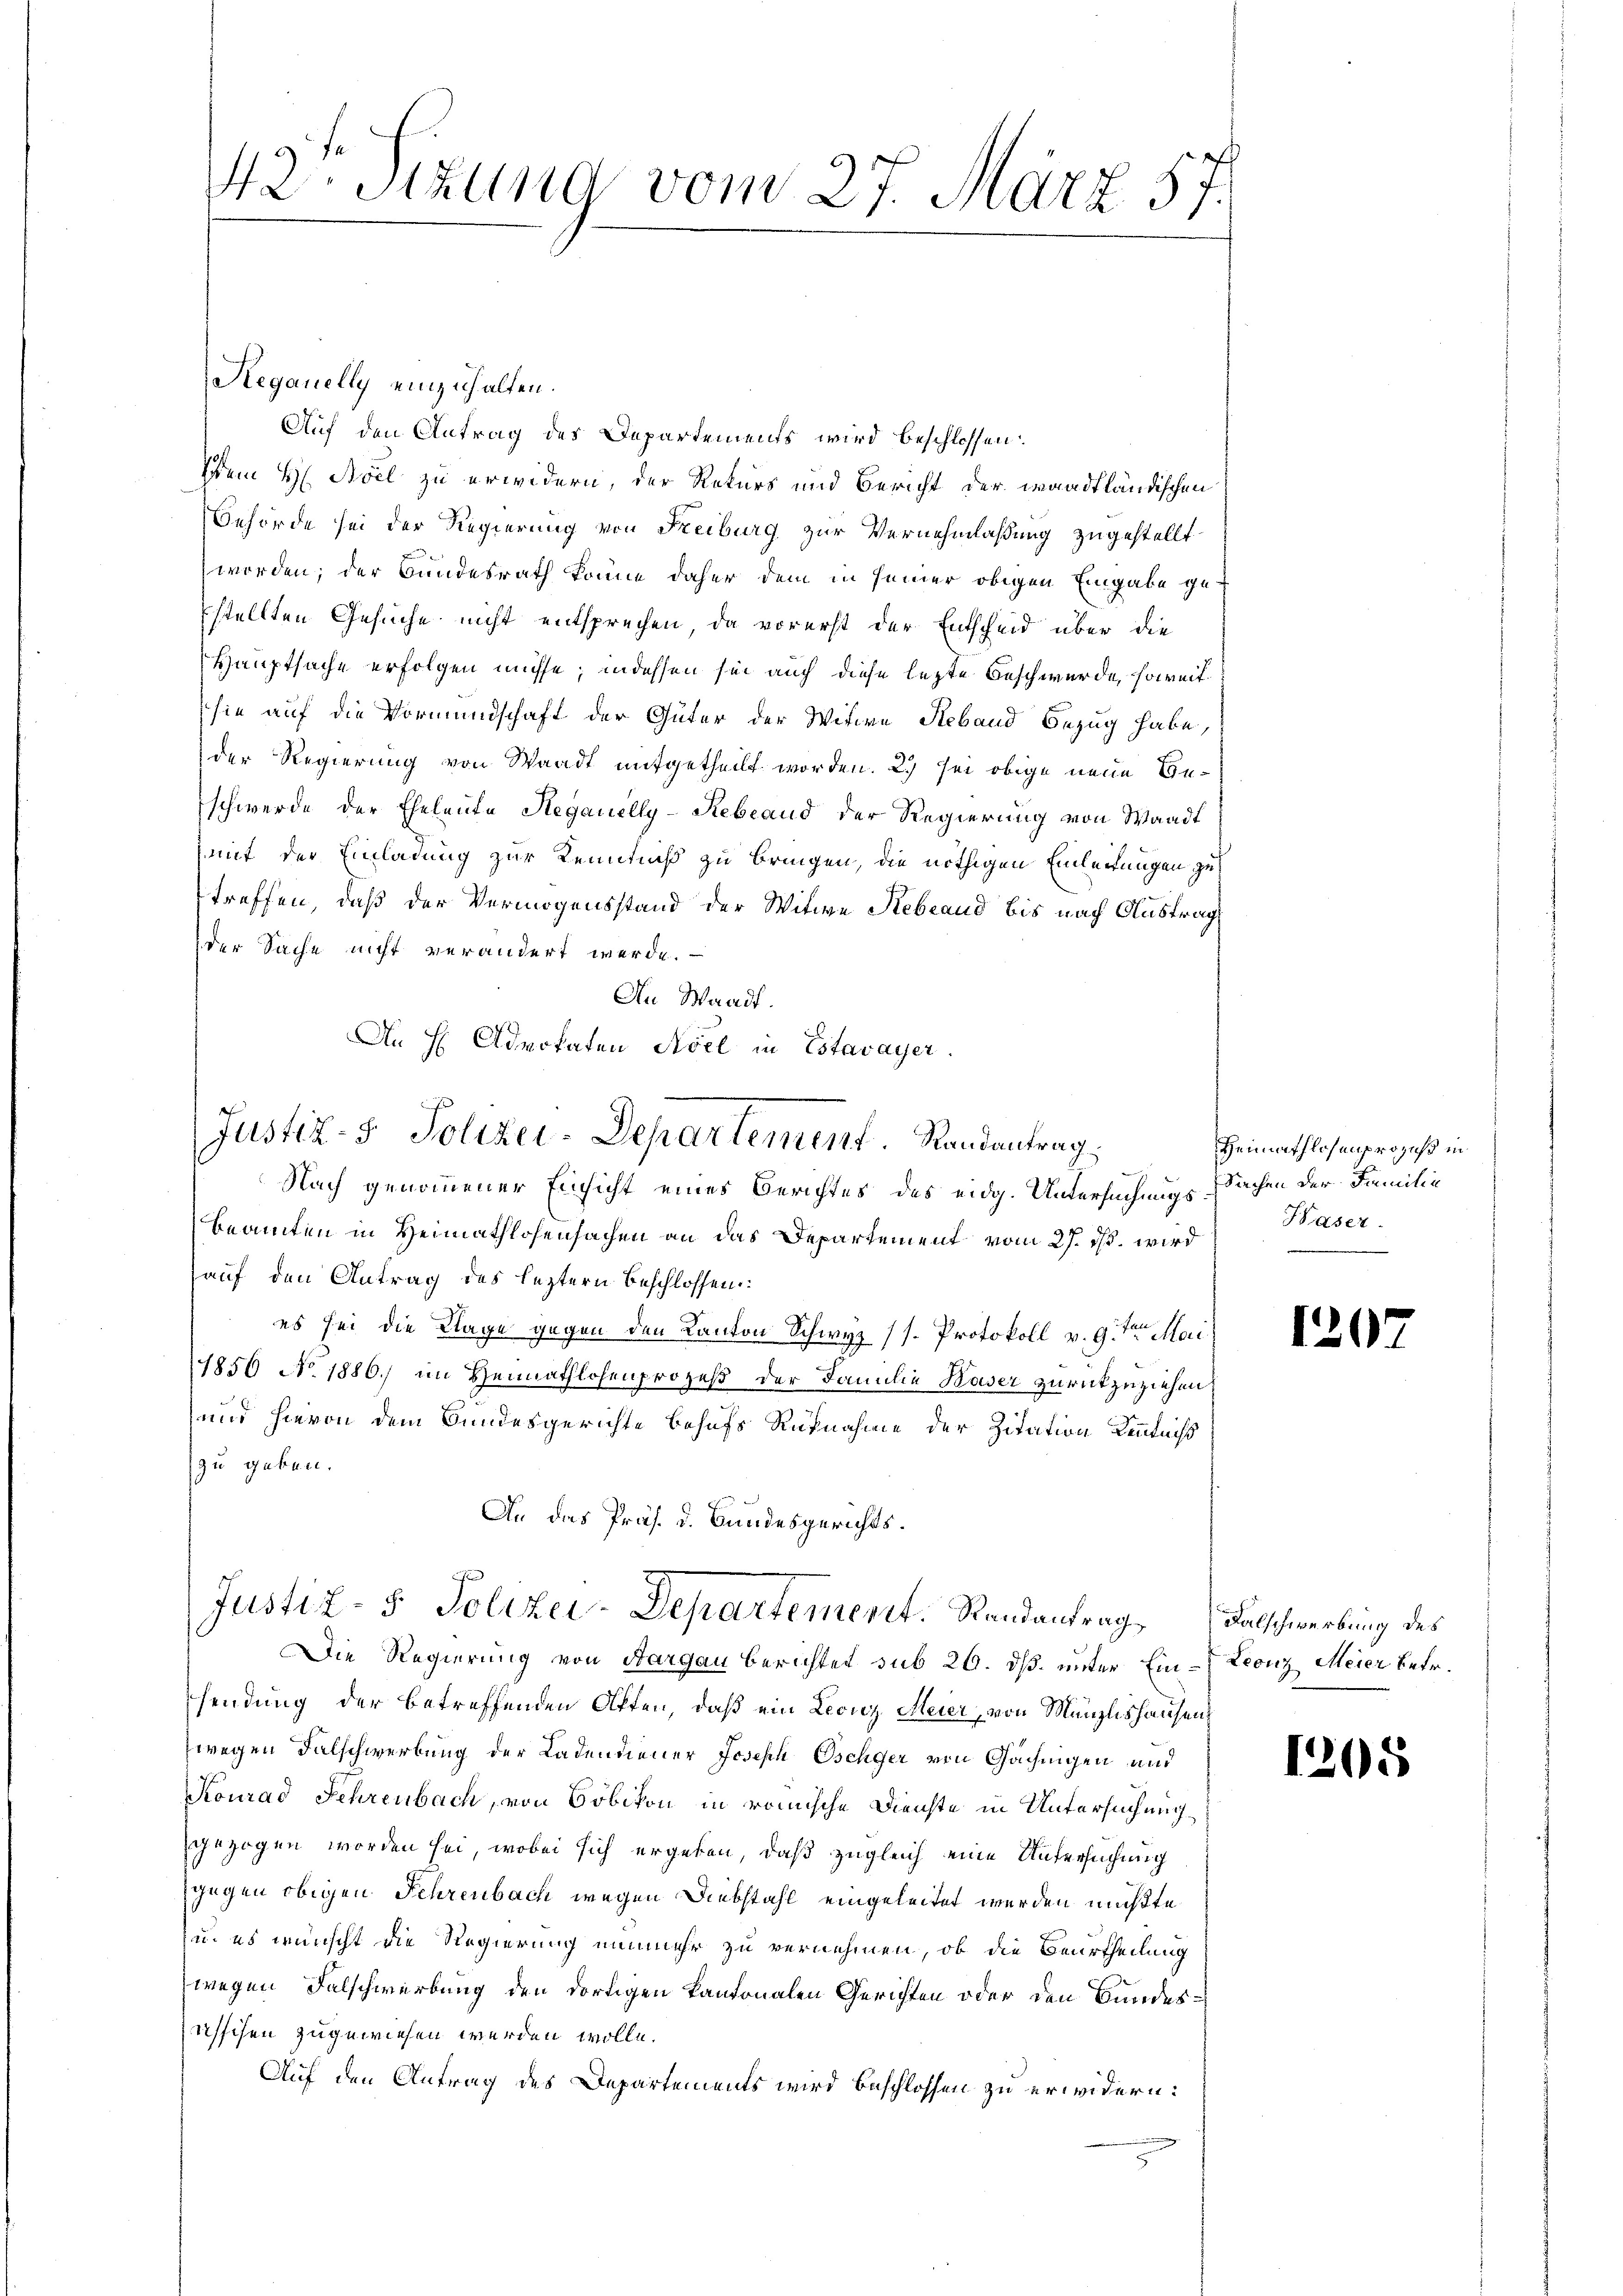
42te Sitzung vom 27. März 57.

Regauelly einzuhalten.
Auf den Antrag des Departements wird beschlossen:
Idem H. Aoel zu erwidern, der Rekurs und Bericht der waadtländischen
Behörde sei der Regierung von Freiburg zur Vernehmlaßung zugestellt
worden; der Bundesrath könne daher dem in seiner obigen Eingabe gestellten Gesuche nicht entsprechen, da vorerst der Entscheid über die
Hauptsache erfolgen müsse, indessen sei auch diese lezte Beschwerde, soweit
sie auf die Vormundschaft der Güter der Witwe Steband Bezug habe,
der Regierung von Waadt mitgetheilt worden. 2. sei obige neue Be¬
Eschwerde der Eheleute Regauilly-Rebrand der Regierung von Waadt
mit der Einladung zur Kenntniß zu bringen, die nöthigen Einleitungen zu
treffen, daß der Vermögensstand der Witwe Rebland bis nach Austrag
der Sache nicht verändert werde.
An Waadt.
An H Advokaten Adel in Estavayer.

Justiz- & Polizei-Departement. Randantrag

Nach genommener Einsicht eines Berichtes des eidg. Untersuchungs Sachen der Familie
Beamten in Heimathlosensachen an das Departement vom 27. ds. wird
auf den Antrag des leztern beschlossen:
es sei die Klage gegen den Kanton Schwyz (s. Protokoll v. 9. Mai
1850 No. 1886.) im Heimathlosenprozeß der Familie Kaser zurückzuziehen,
und hievon dem Bundesgerichte behufs Rücknahme der Zitation Kenntniß
zu geben.
An das Präs. d. Bundesgerichts¬

Justiz- & Polizei-Departement. Randantrag Falschwerbung des

Die Regierung von Aargau berichtet sub 26. dß. unter Ein-Leonz Meier betr.
sendung der betreffenden Offen, daß ein Leonz Meier, von Münzlishausen
wegen Falschwerbung der Cadendiener Joseph Oschger von Gachingen und
Konrad Schreubach, von Bobikon in römische Dienste in Untersuchung
gezogen worden sei, wobei sich ergeben, daß zugleich eine Untersuchung
gegen obigen Fehrenbach wegen Diebstahl eingeleitet werden mußte.
u. es wünscht die Regierung nunmehr zu vernehmen, ob die Beurtheilung
wegen Falschwerbung den dortigen kantonalen Gerichten oder den Bundesisschen zugewiesen werden wolle.
Auf den Antrag des Departements wird beschlossen zu erwidern:

Heimathlosenprozess in
Häser

120

1205